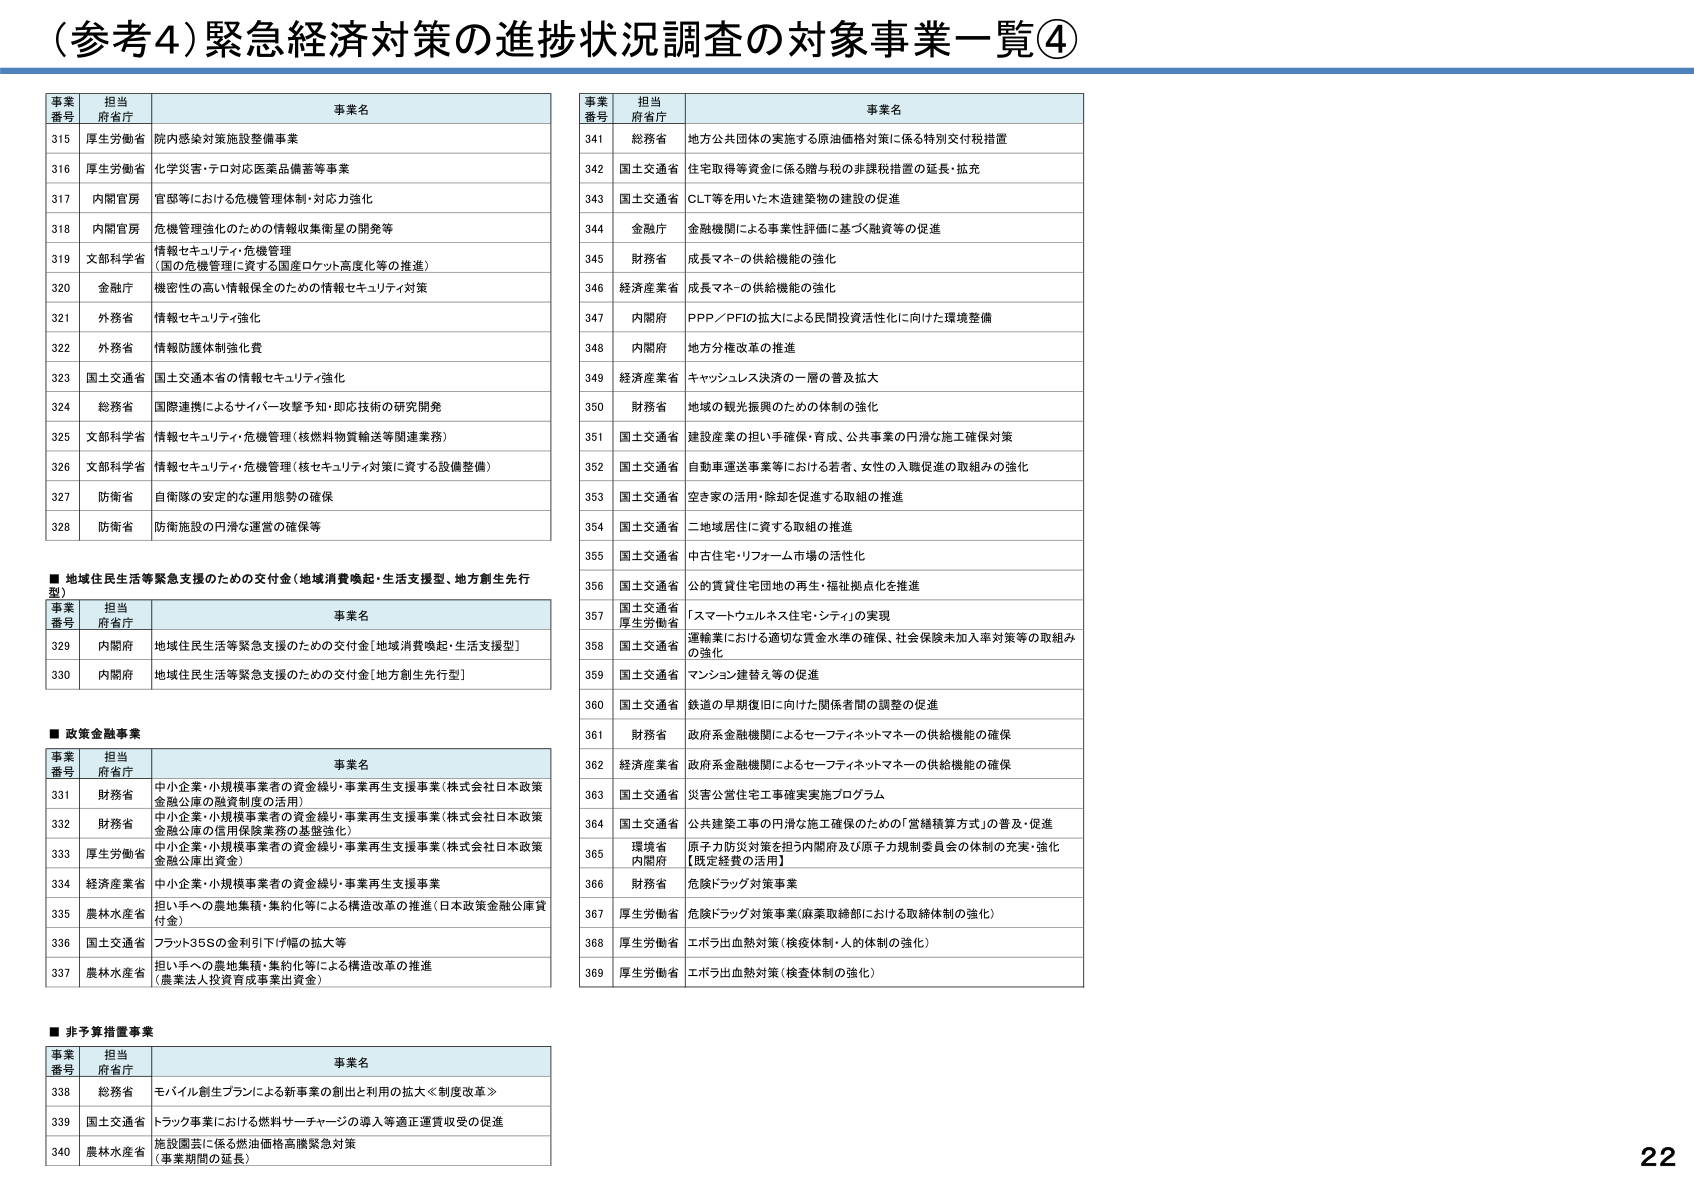
（参考4）緊急経済対策の進捗状況調査の対象事業一覧④

事業番号 担当府省庁 事業名
315 厚生労働省 院内感染対策施設整備事業
316 厚生労働省 化学災害・テロ対応医薬品備蓄等事業
317 内閣官房 官邸等における危機管理体制・対応力強化
318 内閣官房 危機管理強化のための情報収集衛星の開発等
319 文部科学省 情報セキュリティ・危機管理（国の危機管理に資する国産ロケット高度化等の推進）
320 金融庁 機密性の高い情報保全のための情報セキュリティ対策
321 外務省 情報セキュリティ強化
322 外務省 情報防護体制強化費
323 国土交通省 国土交通本省の情報セキュリティ強化
324 総務省 国際連携によるサイバー攻撃予知・即応技術の研究開発
325 文部科学省 情報セキュリティ・危機管理（核燃料物質輸送等関連業務）
326 文部科学省 情報セキュリティ・危機管理（核セキュリティ対策に資する設備整備）
327 防衛省 自衛隊の安定的な運用態勢の確保
328 防衛省 防衛施設の円滑な運営の確保等

■地域住民生活等緊急支援のための交付金（地域消費喚起・生活支援型、地方創生先行型）
事業番号 担当府省庁 事業名
329 内閣府 地域住民生活等緊急支援のための交付金［地域消費喚起・生活支援型］
330 内閣府 地域住民生活等緊急支援のための交付金［地方創生先行型］

■政策金融事業
事業番号 担当府省庁 事業名
331 財務省 中小企業・小規模事業者の資金繰り・事業再生支援事業（株式会社日本政策金融公庫の融資制度の活用）
332 財務省 中小企業・小規模事業者の資金繰り・事業再生支援事業（株式会社日本政策金融公庫の信用保険業務の基盤強化）
333 厚生労働省 中小企業・小規模事業者の資金繰り・事業再生支援事業（株式会社日本政策金融公庫出資金）
334 経済産業省 中小企業・小規模事業者の資金繰り・事業再生支援事業
335 農林水産省 担い手への農地集積・集約化等による構造改革の推進（日本政策金融公庫貸付金）
336 国土交通省 フラット35Sの金利引下げ幅の拡大等
337 農林水産省 担い手への農地集積・集約化等による構造改革の推進（農業法人投資育成事業出資金）

■非予算措置事業
事業番号 担当府省庁 事業名
338 総務省 モバイル創生プランによる新事業の創出と利用の拡大≪制度改革≫
339 国土交通省 トラック事業における燃料サブチャージの導入等適正運賃収受の促進
340 農林水産省 施設園芸に係る燃油価格高騰緊急対策（事業期間の延長）

事業番号 担当府省庁 事業名
341 総務省 地方公共団体の実施する原油価格対策に係る特別交付税措置
342 国土交通省 住宅取得等資金に係る贈与税の非課税措置の延長・拡充
343 国土交通省 CLT等を用いた木造建築物の建設の促進
344 金融庁 金融機関による事業性評価に基づく融資等の促進
345 財務省 成長マネーの供給機能の強化
346 経済産業省 成長マネーの供給機能の強化
347 内閣府 PPP／PFIの拡大による民間投資活性化に向けた環境整備
348 内閣府 地方分権改革の推進
349 経済産業省 キャッシュレス決済の一層の普及拡大
350 財務省 地域の観光振興のための体制の強化
351 国土交通省 建設産業の担い手確保・育成、公共事業の円滑な施工確保対策
352 国土交通省 自動車運送事業等における若者、女性の入職促進の取組みの強化
353 国土交通省 空き家の活用・除却を促進する取組の推進
354 国土交通省 二地域居住に資する取組の推進
355 国土交通省 中古住宅・リフォーム市場の活性化
356 国土交通省 公的賃貸住宅団地の再生・福祉拠点化を推進
357 国土交通省 厚生労働省 「スマートウェルネス住宅・シティ」の実現
358 国土交通省 運輸業における適切な賃金水準の確保、社会保険未加入率対策等の取組みの強化
359 国土交通省 マンション建替え等の促進
360 国土交通省 鉄道の早期復旧に向けた関係者間の調整の促進
361 財務省 政府系金融機関によるセーフティネットマネーの供給機能の確保
362 経済産業省 政府系金融機関によるセーフティネットマネーの供給機能の確保
363 国土交通省 災害公営住宅工事確実実施プログラム
364 国土交通省 公共建築工事の円滑な施工確保のための「営繕積算方式」の普及・促進
365 環境省 内閣府 原子力防災対策を担う内閣府及び原子力規制委員会の体制の充実・強化【既定経費の活用】
366 財務省 危険ドラッグ対策事業
367 厚生労働省 危険ドラッグ対策事業（麻薬取締部における取締体制の強化）
368 厚生労働省 エボラ出血熱対策（検疫体制・人的体制の強化）
369 厚生労働省 エボラ出血熱対策（検査体制の強化）

22